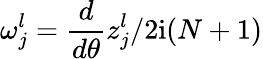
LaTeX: \omega_{j}^{l}=\frac{d}{d\theta}z_{j}^{l}/2\mathrm{i}(N+1)